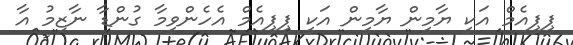
ޕީޕީއެމް އަކީ ޔާމީން ޔާމީން އަކީ ޕީޕީއެމް އެހެންވީމާ ގުންޑާ ނާޒިމު އާ